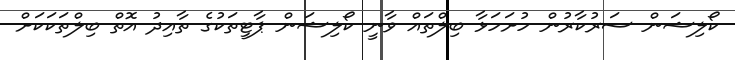
ކޯލިޝަން ސަރުކާރުން ހުށަހަޅާ ބިލްތައް ވާނީ ކޯލިޝަން ޕާޓީތަކުގެ ތާއިދު އޮތް ބިލްތަކަކަށް